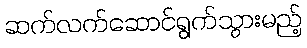
ဆက်လက်ဆောင်ရွက်သွားမည့်